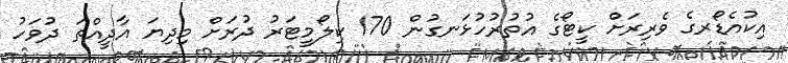
އިކުއެޑޯރގެ ވެރިރަށް ކީޓޯގެ އުތުރުހުޅަނގުން 170 ކިލޯމީޓަރު ދުރަށް މިދިޔަ އާދީއްތަ ދުވަހު